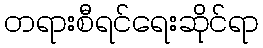
တရားစီရင်ရေးဆိုင်ရာ